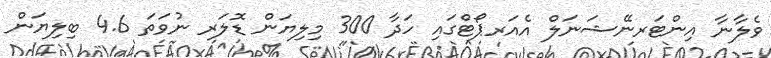
ވެލާނާ އިންޓަރނޭޝަނަލް އެއަރޕޯޓްގައި ހަދާ 300 މިލިޔަން ޑޮލަރ ނުވަތަ 4.6 ބިލިޔަން